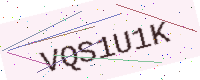
Text: VQS1U1K